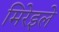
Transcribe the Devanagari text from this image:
मिरेइले